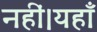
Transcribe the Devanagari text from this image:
नहीं।यहाँ